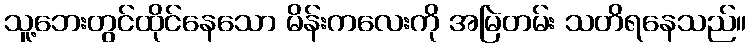
သူ့ဘေးတွင်ထိုင်နေသော မိန်းကလေးကို အမြဲတမ်း သတိရနေသည်။